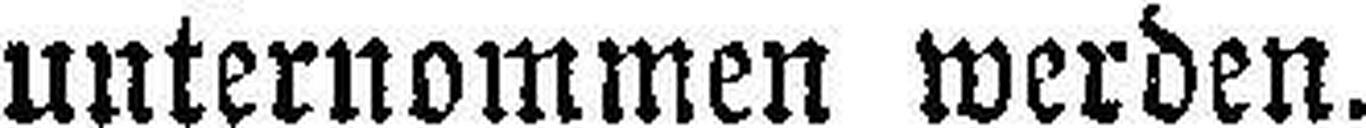
unternommen werden.